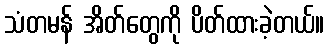
သံတမန် အိတ်တွေကို ပိတ်ထားခဲ့တယ်။